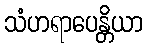
သံဟရာပေန္တိယာ